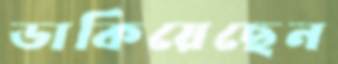
ডাকিয়েছেন